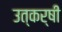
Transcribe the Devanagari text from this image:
उत्कर्षी